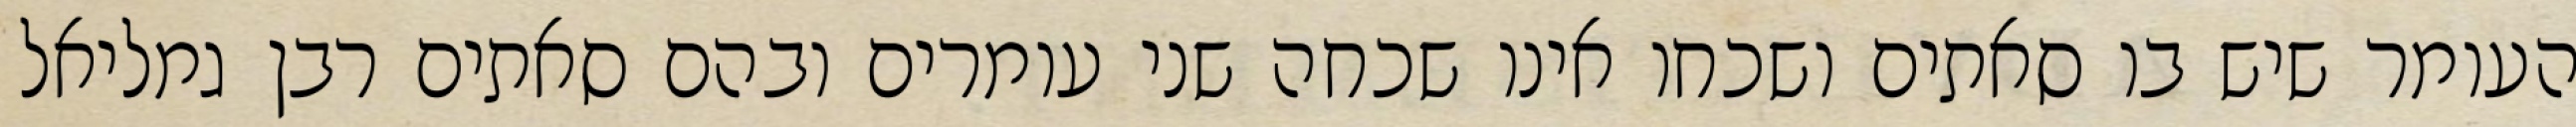
העומר שיש בו סאתים ושכחו אינו שכחה שני עומרים ובהם סאתים רבן גמליאל